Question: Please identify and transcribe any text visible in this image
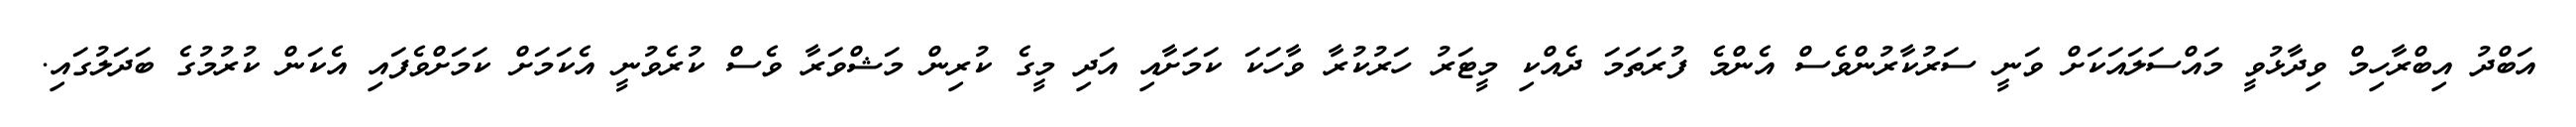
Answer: އަބްދު އިބްރާހިމް ވިދާޅުވީ މައްސަލައަކަށް ވަނީ ސަރުކާރުންވެސް އެންމެ ފުރަތަމަ ދެއްކި މީޓަރު ހަރުކުރާ ވާހަކަ ކަމަށާއި އަދި މީގެ ކުރިން މަޝްވަރާ ވެސް ކުރެވުނީ އެކަމަށް ކަމަށްވެފައި އެކަން ކުރުމުގެ ބަދަލުގައި.